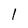
Character: 1